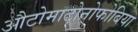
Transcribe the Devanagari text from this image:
औटोमाटोनोफोबिया